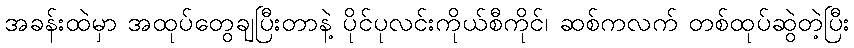
အခန်းထဲမှာ အထုပ်တွေချပြီးတာနဲ့ ပိုင်ပုလင်းကိုယ်စီကိုင်၊ ဆစ်ကလက် တစ်ထုပ်ဆွဲတဲ့ပြီး